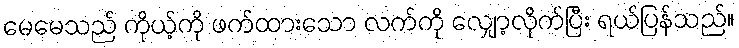
မေမေသည် ကိုယ့်ကို ဖက်ထားသော လက်ကို လျှော့လိုက်ပြီး ရယ်ပြန်သည်။